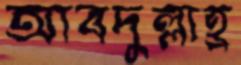
আবদুল্লাহ্র